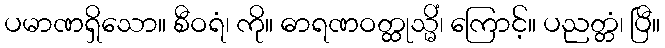
ပမာဏရှိသော။ စီဝရံ၊ ကို။ ဓာရဏဝတ္ထုသ္မိံ၊ ကြောင့်။ ပညတ္တံ၊ ပြီ။